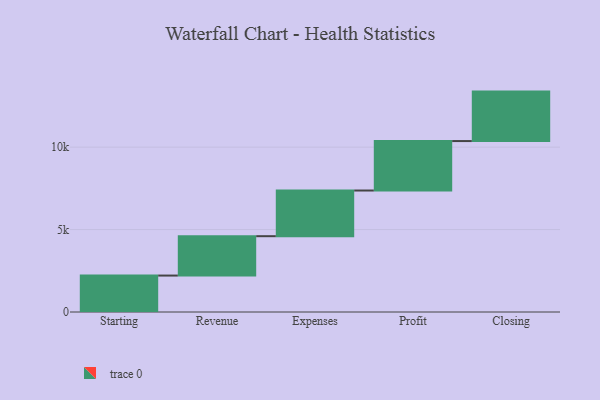
{"axis": {"x": "Step", "y": "Value"}, "legend": [""], "data": [{"x": "Starting", "y": 2210.0, "type": ""}, {"x": "Revenue", "y": 2388.0, "type": ""}, {"x": "Expenses", "y": 2770.0, "type": ""}, {"x": "Profit", "y": 3000, "type": ""}, {"x": "Closing", "y": 3000, "type": ""}]}